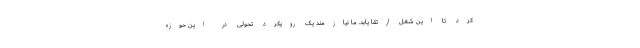
کرد تا این شغل ارتقا یابد. ما نیازمند یک رویکرد تحولی در این حوزه